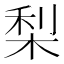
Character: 梨